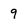
Character: q